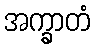
အက္ခာတံ